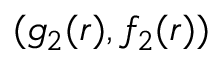
( g _ { 2 } ( r ) , f _ { 2 } ( r ) )